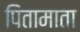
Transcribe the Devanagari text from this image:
पितामाता